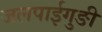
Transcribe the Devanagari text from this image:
जलपाईगुङी